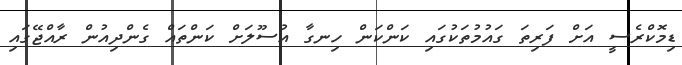
ޑިމޮކްރެސީ އަށް ފަރިތަ ގައުމުތަކުގައި ކަންކަން ހިނގާ އުސޫލަށް ކަންތައް ގެންދިއުން ރާއްޖޭގައި